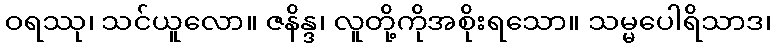
ဝရဿု၊ သင်ယူလော။ ဇနိန္ဒ၊ လူတို့ကိုအစိုးရသော။ သမ္မပေါရိသာဒ၊